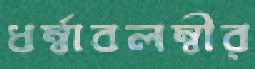
ধর্ম্বাবলম্বীর